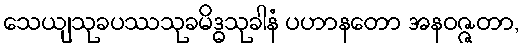
သေယျသုခပဿသုခမိဒ္ဓသုခါနံ ပဟာနတော အနဝဇ္ဇတာ,